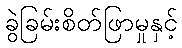
ခွဲခြမ်းစိတ်ဖြာမှုနှင့်